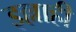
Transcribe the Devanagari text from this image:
इल्लाही